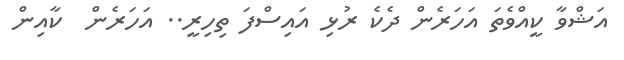
އަޝްވާ ކީއްވެތަ އަހަރެން ދެކެ ރުޅި އައިސްފަ ތިހިރީ.. އަހަރެން  ކާއިން